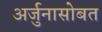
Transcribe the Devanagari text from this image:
अर्जुनासोबत